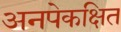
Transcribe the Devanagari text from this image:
अनपेकक्षित